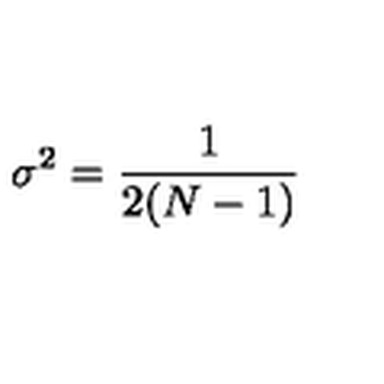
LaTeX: \sigma ^ { 2 } = { \frac { 1 } { 2 ( N - 1 ) } }